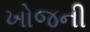
ખોજની